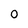
Character: 0